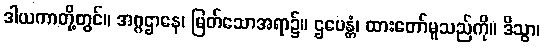
ဒါယကာတို့တွင်။ အဂ္ဂဌာနေ၊ မြတ်သောအရာ၌။ ဌပေန္တံ၊ ထားတော်မူသည်ကို။ ဒိသွာ၊